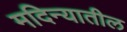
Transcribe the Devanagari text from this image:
मदिन्यातील